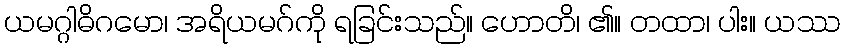
ယမဂ္ဂါဓိဂမော၊ အရိယမဂ်ကို ရခြင်းသည်။ ဟောတိ၊ ၏။ တထာ၊ ပါး။ ယဿ